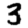
Digit: 3